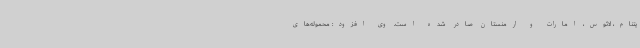
یتنام، لائوس، امارات و ارمنستان صادر شده است. وی افزود: محموله‌های